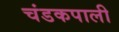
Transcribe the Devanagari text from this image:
चंडकपाली